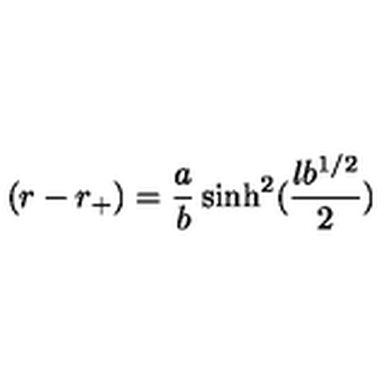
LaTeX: ( r - r _ { + } ) = { \frac { a } { b } } \sinh ^ { 2 } ( { \frac { l b ^ { 1 / 2 } } { 2 } } )